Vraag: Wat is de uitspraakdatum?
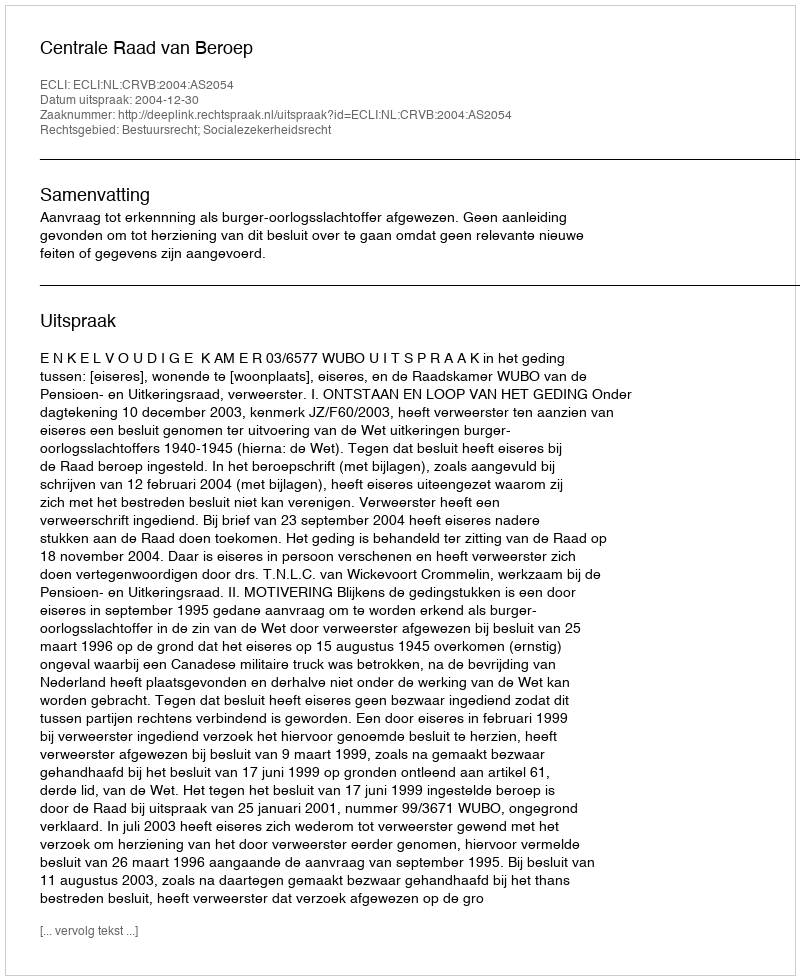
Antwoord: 2004-12-30